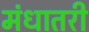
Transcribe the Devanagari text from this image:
मंधातरी